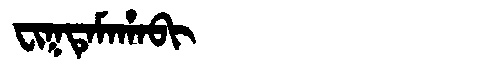
Manchu: ᠸᡳᡴᡨᡝᠮᠠᡥᠠᠪᡳ
Romanization: FIKTEMAHABI